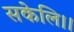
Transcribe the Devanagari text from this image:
सकेलि।।